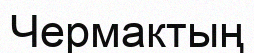
Чермактың